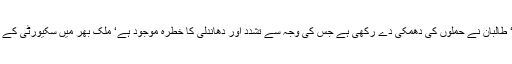
2014ء) افغانستان میں نئے صدر کے انتخاب کیلئے (آج) ہفتہ کو رائے شماری ہوگی‘ طالبان نے حملوں کی دھمکی دے رکھی ہے جس کی وجہ سے تشدد اور دھاندلی کا خطرہ موجود ہے‘ ملک بھر میں سکیورٹی کے سخت انتظامات کئے گئے ہیں‘ چار لاکھ اہلکار سکیورٹی کی ذمہ داریاں سنبھالیں گے۔